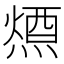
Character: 𭵷